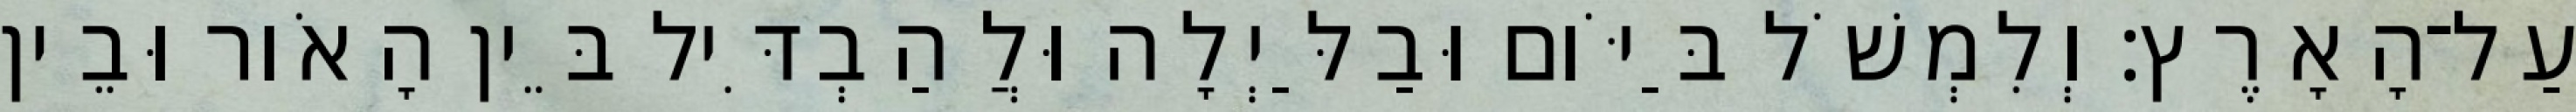
עַל־הָאָרֶץ׃ וְלִמְשֹׁל בַּיֹּום וּבַלַּיְלָה וּלֲהַבְדִּיל בֵּין הָאֹור וּבֵין